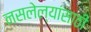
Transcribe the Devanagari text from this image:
नसलेल्यांसाठी